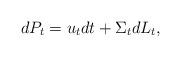
LaTeX: \begin{align*} dP_t=u_t dt + \Sigma_t d L_t,\end{align*}